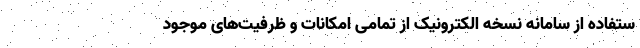
ستفاده از سامانه نسخه الکترونیک از تمامی امکانات و ظرفیت‌های موجود